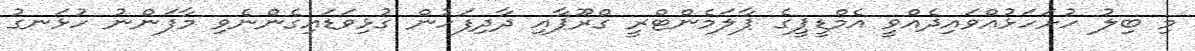
މި ބިލު ހުށަހަޅުއްވައިދެއްވީ އެމްޑީޕީގެ ޕާލަމެންޓްރީ ގްރޫޕާއި ދާދިފަހުން ގުޅިވަޑައިގެންނެވި މާފަންނު ހުޅަނގު